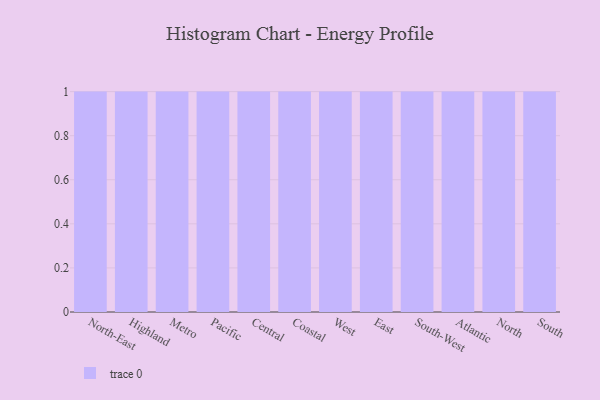
{"axis": {"x": "Region", "y": "Website Visitors"}, "legend": [""], "data": [{"x": "North-East", "y": 87, "type": ""}, {"x": "Highland", "y": 79, "type": ""}, {"x": "Metro", "y": 62, "type": ""}, {"x": "Pacific", "y": 6, "type": ""}, {"x": "Central", "y": 31, "type": ""}, {"x": "Coastal", "y": 5, "type": ""}, {"x": "West", "y": 41, "type": ""}, {"x": "East", "y": 75, "type": ""}, {"x": "South-West", "y": 48, "type": ""}, {"x": "Atlantic", "y": 54, "type": ""}, {"x": "North", "y": 67, "type": ""}, {"x": "South", "y": 83, "type": ""}]}